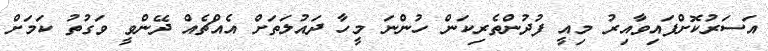
އަސަރުކޮށްފައިވާއިރު މިއީ ފުދުންތެރިކަން ހުންނަ މީހާ ދައުލަތަށް އެއްޗެއް ދޭންވީ ވަގުތު ކަމަށް